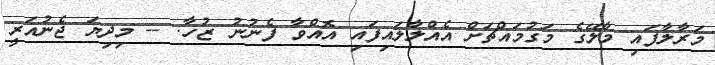
މަރާލާފައި މާލޭގެ މަގުމައްޗަށް އެއްލާލައިފައި އޮއްވާ ފެނުނު ޒުހާ. -- މިިދިޔަ ޖެނުއަރީ